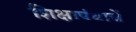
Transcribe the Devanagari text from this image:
शिक्षापंथाचें